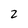
Character: 2